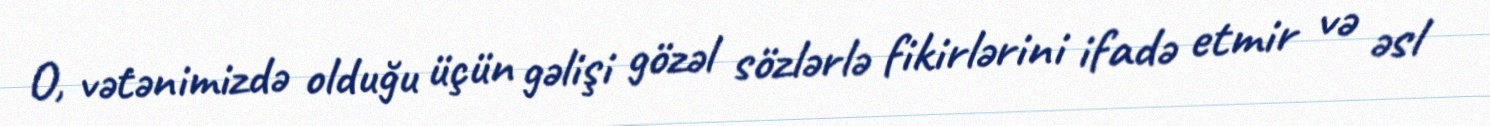
O, vətənimizdə olduğu üçün gəlişi gözəl sözlərlə fikirlərini ifadə etmir və əsl